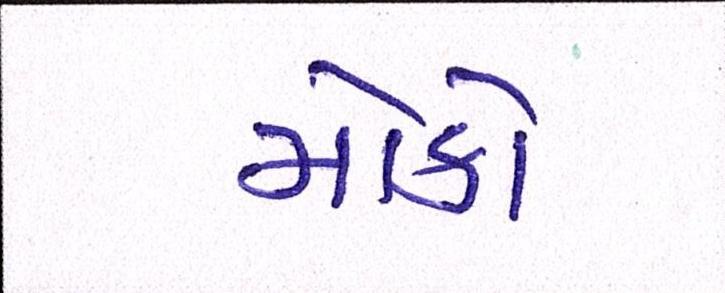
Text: મોકો